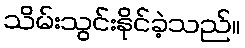
သိမ်းသွင်းနိုင်ခဲ့သည်။